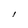
Character: l